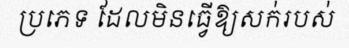
ប្រភេទ ដែលមិនធ្វើឱ្យសក់របស់